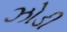
ઝોડી